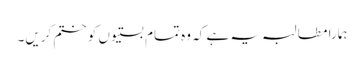
ہمارا مطالبہ یہ ہے کہ وہ تمام بستیوں کو ختم کریں۔